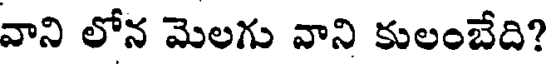
వాని లోన మెలగు వాని కులంబేది?